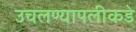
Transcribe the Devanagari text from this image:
उचलण्यापलीकडे